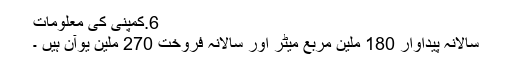
6.کمپنی کی معلومات
سالانہ پیداوار 180 ملین مربع میٹر اور سالانہ فروخت 270 ملین یوآن ہیں ۔